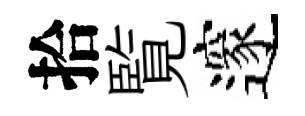
拾覧邃